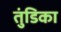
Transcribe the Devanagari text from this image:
तुंडिका